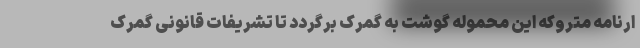
ارنامه متروکه این محموله گوشت به گمرک برگردد تا تشریفات قانونی گمرک